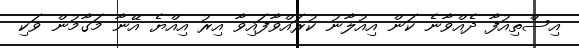
އިސްތިއުފާ ދެއްވާނެ ކަން އިއުލާނު ކުރައްވާފައިވާ އިރު އިއްޔެ އޭނާ މަގާމުން ވަކި